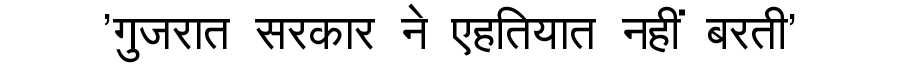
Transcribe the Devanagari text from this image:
'गुजरात सरकार ने एहतियात नहीं बरती'